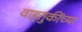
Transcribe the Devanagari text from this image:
वाहतुकींच्या